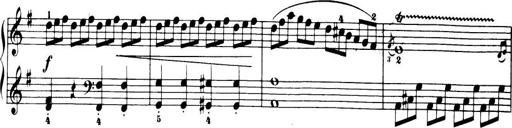
Title: 32 Sonatinas and Rondos for the Piano
Composer: Richard Kleinmichel